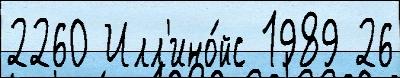
2260 Илл'ино́йс 1989 26